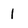
Character: I